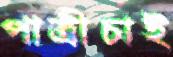
পাত্রীচাই